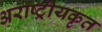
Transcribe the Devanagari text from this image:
अराष्ट्रीयकृत